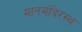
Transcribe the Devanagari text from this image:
मानमंदिरस्थ